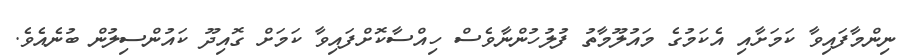
ނިންމާފައިވާ ކަމަށާއި އެކަމުގެ މައުލޫމާތު ފުލުހުންނާވެސް ހިއްސާކޮށްފައިވާ ކަމަށް ގޮއިދޫ ކައުންސިލުން ބުނެއެވެ.